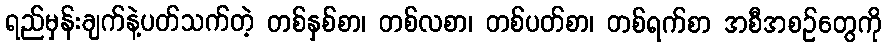
ရည်မှန်းချက်နဲ့ပတ်သက်တဲ့ တစ်နှစ်စာ၊ တစ်လစာ၊ တစ်ပတ်စာ၊ တစ်ရက်စာ အစီအစဉ်တွေကို